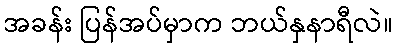
အခန်း ပြန်အပ်မှာက ဘယ်နှနာရီလဲ။